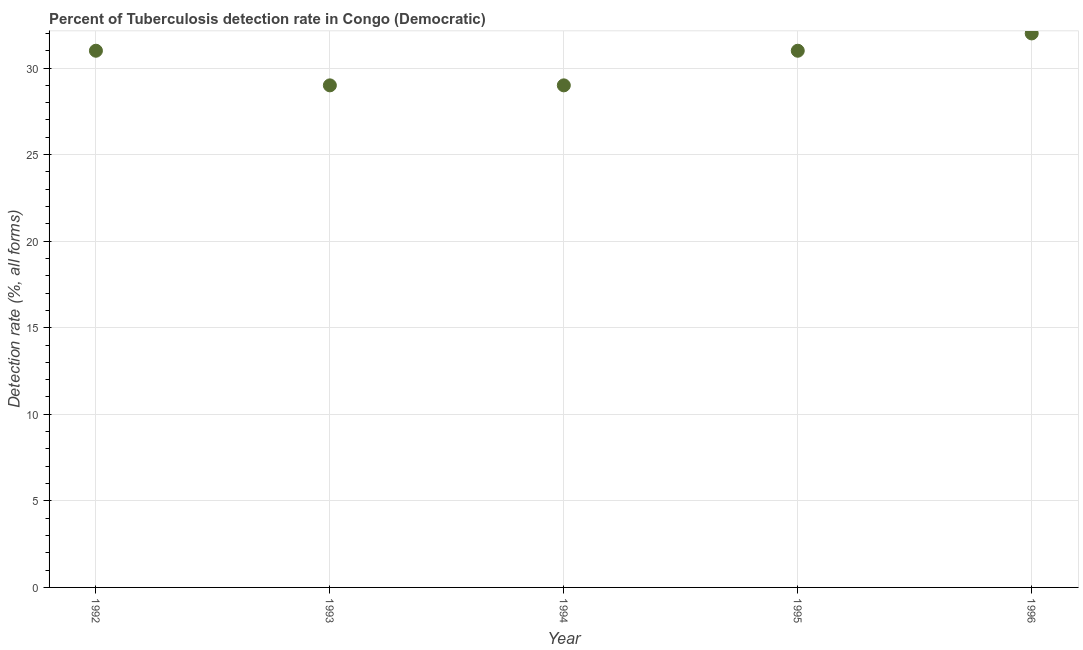
| Year | Tuberculosis case detection rate |
 | --- | --- |
 | 1992 | 31 |
 | 1993 | 29 |
 | 1994 | 29 |
 | 1995 | 31 |
 | 1996 | 32 |